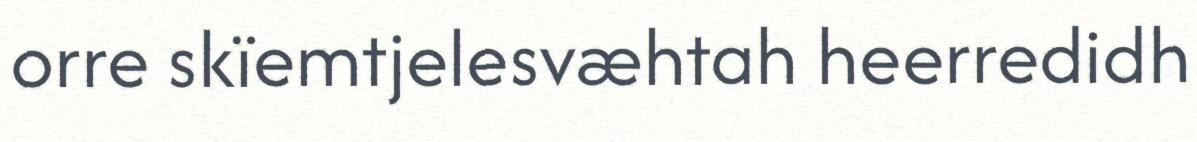
orre skïemtjelesvæhtah heerredidh